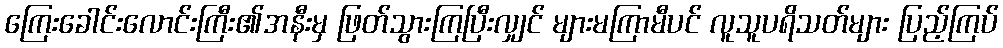
ကြေးခေါင်းလောင်းကြီး၏အနီးမှ ဖြတ်သွားကြပြီးလျှင် များမကြာမီပင် လူသူပရိသတ်များ ပြည့်ကြပ်